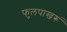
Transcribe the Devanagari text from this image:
फुलपाखरूं